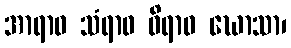
အာရာဝ သံရာဝ ဝိရာဝ ဃောသာ၊